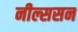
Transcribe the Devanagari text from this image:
नील्ससन